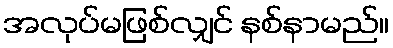
အလုပ်မဖြစ်လျှင် နစ်နာမည်။